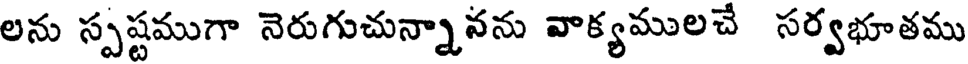
లను స్పష్టముగా నెరుగుచున్నానను వాక్యములచే సర్వభూతము